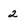
Character: 2